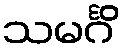
သမင်္ဂိ